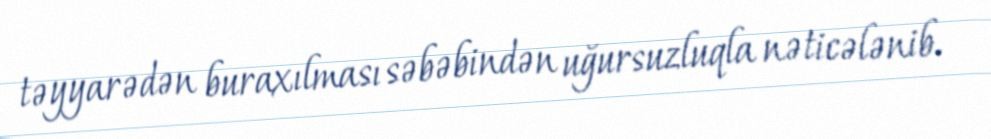
təyyarədən buraxılması səbəbindən uğursuzluqla nəticələnib.